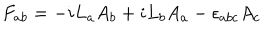
LaTeX: F _ { a b } = - i L _ { a } A _ { b } + i L _ { b } A _ { a } - \epsilon _ { a b c } A _ { c }